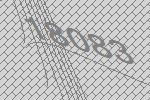
18083